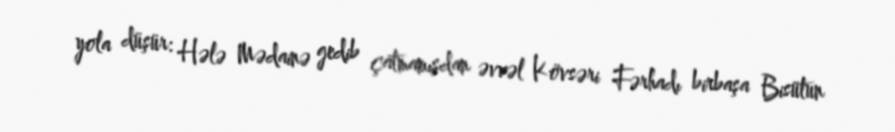
yola düşür: Hələ Mədainə gedib çatmamışdan əvvəl Kövsəri Fərhadı birbaşa Bisütun